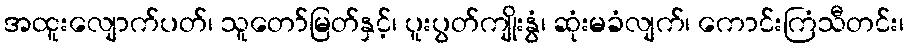
အထူးလျောက်ပတ်၊ သူတော်မြတ်နှင့်၊ ပူးပွတ်ကျိုးနွံ၊ ဆုံးမခံလျက်၊ ကောင်းကြံသီတင်း၊